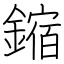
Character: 鏥